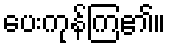
ပေးကုန်ကြ၏။